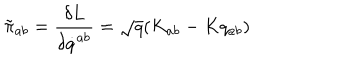
\tilde { \pi } _ { a b } = { \frac { \delta L } { \delta \dot { q } ^ { a b } } } = \sqrt { q } ( K _ { a b } - K q _ { a b } )